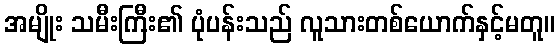
အမျိုး သမီးကြီး၏ ပုံပန်းသည် လူသားတစ်ယောက်နှင့်မတူ။